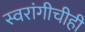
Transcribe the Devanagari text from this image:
स्वरांगीचीही